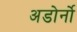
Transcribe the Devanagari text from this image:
अडोर्नो